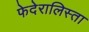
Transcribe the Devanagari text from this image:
फेदेरालिस्ता